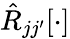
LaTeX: \hat{R}_{jj^{\prime}}[\cdot]